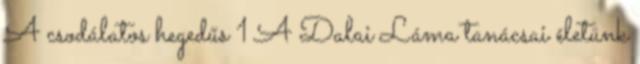
A csodálatos hegedűs 1 A Dalai Láma tanácsai életünk